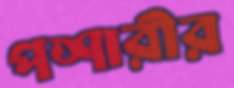
পশারীর